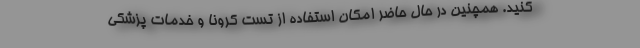
کنید. همچنین در حال حاضر امکان استفاده از تست کرونا و خدمات پزشکی